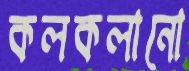
কলকলানো